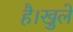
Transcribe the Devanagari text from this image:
है।खुले